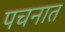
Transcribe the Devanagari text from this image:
पचनात